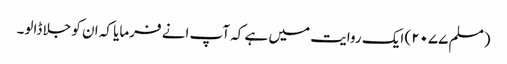
(مسلم ۲۰۷۷) ایک روایت میں ہے کہ آپ انے فرمایا کہ ان کو جلا ڈالو۔